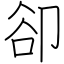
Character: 卻